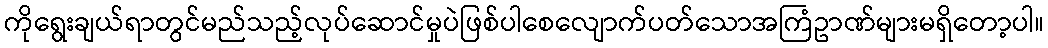
ကိုရွေးချယ်ရာတွင်မည်သည့်လုပ်ဆောင်မှုပဲဖြစ်ပါစေလျောက်ပတ်သောအကြံဥာဏ်များမရှိတော့ပါ။